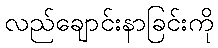
လည်ချောင်းနာခြင်းကို